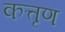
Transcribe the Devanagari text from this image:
कत्तृण